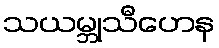
သယမ္ဘုသီဟေန